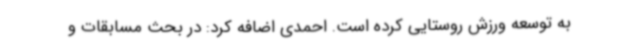
به توسعه ورزش روستایی کرده است. احمدی اضافه کرد: در بحث مسابقات و